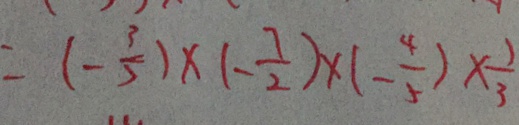
= ( - \frac { 3 } { 5 } ) \times ( - \frac { 7 } { 2 } ) \times ( - \frac { 4 } { 5 } ) \times \frac { 1 } { 3 }